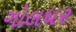
ગોલધર